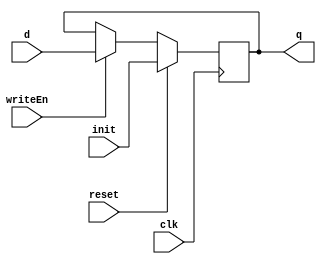

module D_ff_Mem(input clk, input reset, input init, input writeEn, input d, output reg q);
	always@(negedge clk)
		begin
			if(reset)			q=init;
			else
				if(writeEn==1)	q=d;
		end
endmodule

module Mem8bit(input clk, input reset, input [7:0] init, input writeEn, input [7:0] writeData, output [7:0] outR);
	D_ff_Mem D0(clk, reset, init[0], writeEn, writeData[0], outR[0]);
	D_ff_Mem D1(clk, reset, init[1], writeEn, writeData[1], outR[1]);
	D_ff_Mem D2(clk, reset, init[2], writeEn, writeData[2], outR[2]);
	D_ff_Mem D3(clk, reset, init[3], writeEn, writeData[3], outR[3]);
	D_ff_Mem D4(clk, reset, init[4], writeEn, writeData[4], outR[4]);
	D_ff_Mem D5(clk, reset, init[5], writeEn, writeData[5], outR[5]);
	D_ff_Mem D6(clk, reset, init[6], writeEn, writeData[6], outR[6]);
	D_ff_Mem D7(clk, reset, init[7], writeEn, writeData[7], outR[7]);
endmodule

module MemBlock(input clk, input reset, input [15:0] init0, init1, init2, init3, init4, init5, init6, init7, input MemWrite, input [7:0] decOut, input [15:0] writeData, output [7:0] outR0,outR1,outR2,outR3,outR4,outR5,outR6,outR7,outR8,outR9,outR10,outR11,outR12,outR13,outR14,outR15);
	Mem8bit m00(clk, reset, init0[7:0],  MemWrite&decOut[0], writeData[7:0],  outR0);
	Mem8bit m01(clk, reset, init0[15:8], MemWrite&decOut[0], writeData[15:8], outR1);
	Mem8bit m02(clk, reset, init1[7:0],  MemWrite&decOut[1], writeData[7:0],  outR2);
	Mem8bit m03(clk, reset, init1[15:8], MemWrite&decOut[1], writeData[15:8], outR3);	
	Mem8bit m04(clk, reset, init2[7:0],  MemWrite&decOut[2], writeData[7:0],  outR4);
	Mem8bit m05(clk, reset, init2[15:8], MemWrite&decOut[2], writeData[15:8], outR5);
	Mem8bit m06(clk, reset, init3[7:0],  MemWrite&decOut[3], writeData[7:0],  outR6);
	Mem8bit m07(clk, reset, init3[15:8], MemWrite&decOut[3], writeData[15:8], outR7);	
	Mem8bit m08(clk, reset, init4[7:0],  MemWrite&decOut[4], writeData[7:0],  outR8);
	Mem8bit m09(clk, reset, init4[15:8], MemWrite&decOut[4], writeData[15:8], outR9);
	Mem8bit m10(clk, reset, init5[7:0],  MemWrite&decOut[5], writeData[7:0],  outR10);
	Mem8bit m11(clk, reset, init5[15:8], MemWrite&decOut[5], writeData[15:8], outR11);	
	Mem8bit m12(clk, reset, init6[7:0],  MemWrite&decOut[6], writeData[7:0],  outR12);
	Mem8bit m13(clk, reset, init6[15:8], MemWrite&decOut[6], writeData[15:8], outR13);
	Mem8bit m14(clk, reset, init7[7:0],  MemWrite&decOut[7], writeData[7:0],  outR14);
	Mem8bit m15(clk, reset, init7[15:8], MemWrite&decOut[7], writeData[15:8], outR15);
endmodule

module MemDec3to8(input [2:0] MemDest, output reg [7:0] MemDecOut);	 
	 always@(MemDest)
	 	case(MemDest)
			3'b000: MemDecOut=8'b00000001;
			3'b001: MemDecOut=8'b00000010;
			3'b010: MemDecOut=8'b00000100;
			3'b011: MemDecOut=8'b00001000;
			3'b100: MemDecOut=8'b00010000;
			3'b101: MemDecOut=8'b00100000;
			3'b110: MemDecOut=8'b01000000;
			3'b111: MemDecOut=8'b10000000;
		endcase
endmodule
 
module MemMux8to1(input [7:0] outR0,outR1,outR2,outR3,outR4,outR5,outR6,outR7, input [2:0] Sel, output reg [7:0] outBus);	
	always@(outR0 or outR1 or outR2 or outR3 or outR4 or outR5 or outR6 or outR7 or Sel)
		case (Sel)
			3'b000: outBus=outR0;
			3'b001: outBus=outR1;
			3'b010: outBus=outR2;
			3'b011: outBus=outR3;
			3'b100: outBus=outR4;
			3'b101: outBus=outR5;
			3'b110: outBus=outR6;
			3'b111: outBus=outR7;
		endcase
endmodule 

module MemMux2to1(input [7:0] outBus, input [7:0] zero, input MemRead, output reg [7:0] MemOut);	
	always@(outBus or zero or MemRead)
		case (MemRead)
			1'b0: MemOut=outBus;
			1'b1: MemOut=zero;
		endcase	
endmodule

module Memory(input clk, input reset, input [15:0] init0, init1, init2, init3, init4, init5, init6, init7, input MemWrite, input MemRead, input [15:0] Addr, input [15:0] writeData, output [7:0] MemBus0, output [7:0] MemBus1);
	wire [7:0] MemDecOut, outBus0, outBus1;
	wire [7:0] outR0,outR1,outR2,outR3,outR4,outR5,outR6,outR7,outR8,outR9,outR10,outR11,outR12,outR13,outR14,outR15;
	
	MemDec3to8 MD0(Addr[3:1], MemDecOut);		
	MemBlock MB0(clk, reset, init0, init1, init2, init3, init4, init5, init6, init7, MemWrite, MemDecOut,writeData, outR0,outR1,outR2,outR3,outR4,outR5,outR6,outR7,outR8,outR9,outR10,outR11,outR12,outR13,outR14,outR15);	
	MemMux8to1 MM8_0(outR0,outR2,outR4,outR6,outR8,outR10,outR12,outR14,Addr[3:1], outBus0);
	MemMux8to1 MM8_1(outR1,outR3,outR5,outR7,outR9,outR11,outR13,outR15,Addr[3:1], outBus1);
	MemMux2to1 MM2_0(8'd0, outBus0, MemRead, MemBus0);
	MemMux2to1 MM2_1(8'd0, outBus1, MemRead, MemBus1);
endmodule

module D_ff_rF(input clk, input reset, input writeEn, input d, output reg q);
	always @ (reset)
		if(reset==1)	q=0;	
	always @ (posedge clk)
		if(writeEn==1)	q=d;	
endmodule

module Register16bit_rF(input clk, input reset, input writeEn, input [15:0] writeData, output  [15:0] outR);
	D_ff_rF d00(clk, reset, writeEn, writeData[0], outR[0]);
	D_ff_rF d01(clk, reset, writeEn, writeData[1], outR[1]);
	D_ff_rF d02(clk, reset, writeEn, writeData[2], outR[2]);
	D_ff_rF d03(clk, reset, writeEn, writeData[3], outR[3]);
	D_ff_rF d04(clk, reset, writeEn, writeData[4], outR[4]);
	D_ff_rF d05(clk, reset, writeEn, writeData[5], outR[5]);
	D_ff_rF d06(clk, reset, writeEn, writeData[6], outR[6]);
	D_ff_rF d07(clk, reset, writeEn, writeData[7], outR[7]);
	D_ff_rF d08(clk, reset, writeEn, writeData[8], outR[8]);
	D_ff_rF d09(clk, reset, writeEn, writeData[9], outR[9]);
	D_ff_rF d10(clk, reset, writeEn, writeData[10], outR[10]);
	D_ff_rF d11(clk, reset, writeEn, writeData[11], outR[11]);
	D_ff_rF d12(clk, reset, writeEn, writeData[12], outR[12]);
	D_ff_rF d13(clk, reset, writeEn, writeData[13], outR[13]);
	D_ff_rF d14(clk, reset, writeEn, writeData[14], outR[14]);
	D_ff_rF d15(clk, reset, writeEn, writeData[15], outR[15]);
endmodule

module RegisterSet(input clk, input reset, input regWrite, input [7:0] decOut, input [15:0] writeData,  output [15:0] outR0,outR1,outR2,outR3,outR4,outR5,outR6,outR7 );
	Register16bit_rF r0 (clk, reset, regWrite&decOut[0], writeData, outR0);
	Register16bit_rF r1 (clk, reset, regWrite&decOut[1], writeData, outR1);
	Register16bit_rF r2 (clk, reset, regWrite&decOut[2], writeData, outR2);
	Register16bit_rF r3 (clk, reset, regWrite&decOut[3], writeData, outR3);
	Register16bit_rF r4 (clk, reset, regWrite&decOut[4], writeData, outR4);
	Register16bit_rF r5 (clk, reset, regWrite&decOut[5], writeData, outR5);
	Register16bit_rF r6 (clk, reset, regWrite&decOut[6], writeData, outR6);
	Register16bit_rF r7 (clk, reset, regWrite&decOut[7], writeData, outR7);
endmodule

module Dec3to8(input [2:0] destReg, output reg [7:0] decOut);
	always@(destReg)
		case(destReg)
				3'b000: decOut=8'b00000001; 
				3'b001: decOut=8'b00000010;
				3'b010: decOut=8'b00000100;
				3'b011: decOut=8'b00001000;
				3'b100: decOut=8'b00010000;
				3'b101: decOut=8'b00100000;
				3'b110: decOut=8'b01000000;
				3'b111: decOut=8'b10000000;
		endcase	
endmodule

module Mux8to1(input [15:0] outR0,outR1,outR2,outR3,outR4,outR5,outR6,outR7, input [2:0] Sel, output reg [15:0] outBus );	
	always@(outR0 or outR1 or outR2 or outR3 or outR4 or outR5 or outR6 or outR7 or Sel)
		case (Sel)
			3'b000: outBus=outR0;
			3'b001: outBus=outR1;
			3'b010: outBus=outR2;
			3'b011: outBus=outR3;
			3'b100: outBus=outR4;
			3'b101: outBus=outR5;
			3'b110: outBus=outR6;
			3'b111: outBus=outR7;
		endcase	
endmodule

module RegisterFile(input clk, input reset, input regWrite, input [2:0] srcRegA, input [2:0] srcRegB,  input [2:0] destReg,  input [15:0] writeData, output [15:0] outBusA, output [15:0] outBusB );
	wire [7:0] decOut;
	wire [15:0] outR0,outR1,outR2,outR3,outR4,outR5,outR6,outR7;
	
	Dec3to8 d0 (destReg,decOut);
	RegisterSet rSet0( clk, reset, regWrite, decOut, writeData, outR0,outR1,outR2,outR3,outR4,outR5,outR6,outR7);
	Mux8to1 m1(outR0,outR1,outR2,outR3,outR4,outR5,outR6,outR7,srcRegA,outBusA);
	Mux8to1 m2(outR0,outR1,outR2,outR3,outR4,outR5,outR6,outR7,srcRegB,outBusB);
endmodule

module D_ff_pR(input clk, input reset, input writeEn, input d, output reg q);
	always @ (negedge clk)
		begin
			if(reset==1)		q=0;
			else
				if(writeEn==1)	q=d;	
		end
endmodule

module Register16bit(input clk, input reset, input writeEn, input [15:0] writeData, output  [15:0] outR);
	D_ff_pR d00(clk, reset, writeEn, writeData[0], outR[0]);
	D_ff_pR d01(clk, reset, writeEn, writeData[1], outR[1]);
	D_ff_pR d02(clk, reset, writeEn, writeData[2], outR[2]);
	D_ff_pR d03(clk, reset, writeEn, writeData[3], outR[3]);
	D_ff_pR d04(clk, reset, writeEn, writeData[4], outR[4]);
	D_ff_pR d05(clk, reset, writeEn, writeData[5], outR[5]);
	D_ff_pR d06(clk, reset, writeEn, writeData[6], outR[6]);
	D_ff_pR d07(clk, reset, writeEn, writeData[7], outR[7]);
	D_ff_pR d08(clk, reset, writeEn, writeData[8], outR[8]);
	D_ff_pR d09(clk, reset, writeEn, writeData[9], outR[9]);
	D_ff_pR d10(clk, reset, writeEn, writeData[10], outR[10]);
	D_ff_pR d11(clk, reset, writeEn, writeData[11], outR[11]);
	D_ff_pR d12(clk, reset, writeEn, writeData[12], outR[12]);
	D_ff_pR d13(clk, reset, writeEn, writeData[13], outR[13]);
	D_ff_pR d14(clk, reset, writeEn, writeData[14], outR[14]);
	D_ff_pR d15(clk, reset, writeEn, writeData[15], outR[15]);
endmodule

module Register3bit(input clk, input reset, input writeEn, input [2:0] writeData, output  [2:0] outR);
	D_ff_pR d00(clk, reset, writeEn, writeData[0], outR[0]);
	D_ff_pR d01(clk, reset, writeEn, writeData[1], outR[1]);
	D_ff_pR d02(clk, reset, writeEn, writeData[2], outR[2]);
endmodule

module Register1bit(input clk, input reset, input writeEn, input writeData, output  outR);
	D_ff_pR d00(clk, reset, writeEn, writeData, outR);
endmodule

module SignExt8to16(input [7:0] in, output  reg [15:0] SignExtOut);
	always@(in)	
		SignExtOut={{8{in[7]}},in[7:0]};
endmodule

module Mux2to1_16bits(input [15:0] in1, input [15:0] in2, input Sel,  output reg [15:0] MuxOut);	
	always@(in1 or in2 or Sel)
		case(Sel)
			0: MuxOut=in1;	
			1: MuxOut=in2;
		endcase
endmodule

module Mux2to1_3bits(input [2:0] in1, input [2:0] in2, input Sel,  output reg [2:0] MuxOut);	
	always@(in1 or in2 or Sel)
	 	case(Sel)
			0: MuxOut=in1;	
			1: MuxOut=in2;
		endcase
endmodule

module ALU(input [15:0] in1, input [15:0] in2, input ALUOp, output reg [15:0] ALUOut);
	always@(in1 or in2 or ALUOp)
		case(ALUOp)
			1'b0:	ALUOut=in1+in2;	
			1'b1:	ALUOut=in1-in2;
		endcase
endmodule

module IF_ID_PipelineRegister(input clk, input reset, input regWrite, input [15:0] instr, output [15:0] IR);
	Register16bit P1r0 (clk, reset, regWrite, instr, IR );	
endmodule

module ID_EX_PipelineRegister(input clk, input reset, input regWrite, input [15:0] BusA, input [15:0] BusB, input [15:0] SignExt8to16Imm, input [2:0] rt, input [2:0] rd, input [2:0] rs, input ALUSrcB, input ALUOp, input RegDst, input MemRead, input MemWrite, input MemToReg, input RegWrite, output [15:0] P2BusA, output [15:0] P2BusB, output [15:0] P2SignExt8to16Imm, output [2:0] P2rt, output [2:0] P2rd, output [2:0] P2rs, output P2ALUSrcB, output P2ALUOp, output P2RegDst, output P2MemRead, output P2MemWrite, output P2MemToReg, output P2RegWrite);
	Register16bit P2r0 (clk, reset, regWrite, BusA, P2BusA);	
	Register16bit P2r1 (clk, reset, regWrite, BusB, P2BusB);	
	Register16bit P2r2 (clk, reset, regWrite, SignExt8to16Imm, P2SignExt8to16Imm);	
	Register3bit P2r3  (clk, reset, regWrite, rt, P2rt);	
	Register3bit P2r4  (clk, reset, regWrite, rd, P2rd);	
	Register3bit P2r12 (clk, reset, regWrite, rs, P2rs);	
	Register1bit P2r5  (clk, reset, regWrite, ALUSrcB, P2ALUSrcB);	
	Register1bit P2r6  (clk, reset, regWrite, ALUOp, P2ALUOp);	
	Register1bit P2r7  (clk, reset, regWrite, RegDst, P2RegDst);	
	Register1bit P2r8  (clk, reset, regWrite, MemRead, P2MemRead);	
	Register1bit P2r9 (clk, reset, regWrite, MemWrite, P2MemWrite);	
	Register1bit P2r10 (clk, reset, regWrite, MemToReg, P2MemToReg);	
	Register1bit P2r11 (clk, reset, regWrite, RegWrite, P2RegWrite);		 
endmodule

module EX_MEM_PipelineRegister(input clk, input reset, input regWrite, input [15:0] ALUOut, input [15:0] BusB, input [2:0] DestReg, input MemRead, input MemWrite, input MemToReg, input RegWrite, output [15:0] P3ALUOut, output [15:0] P3BusB, output [2:0] P3DestReg, output P3MemRead, output P3MemWrite, output P3MemToReg, output P3RegWrite);	
	Register16bit P3r0 (clk, reset, regWrite, ALUOut, P3ALUOut);	
	Register16bit P3r1 (clk, reset, regWrite, BusB, P3BusB);	
	Register3bit P3r2  (clk, reset, regWrite, DestReg, P3DestReg);	
	Register1bit P3r3  (clk, reset, regWrite, MemRead, P3MemRead);	
	Register1bit P3r4  (clk, reset, regWrite, MemWrite, P3MemWrite);	
	Register1bit P3r5  (clk, reset, regWrite, MemToReg, P3MemToReg);	
	Register1bit P3r6  (clk, reset, regWrite, RegWrite, P3RegWrite);	
endmodule

module MEM_WB_PipelineRegister(input clk, input reset, input regWrite, input [15:0] ALUOut, input [15:0] DMOut, input [2:0] DestReg, input RegWrite, input MemToReg, output [15:0] P4ALUOut, output [15:0] P4DMOut, output [2:0] P4DestReg, output P4RegWrite, output P4MemToReg);
	Register16bit P4r0 (clk, reset, regWrite, ALUOut, P4ALUOut);
	Register16bit P4r1 (clk, reset, regWrite, DMOut, P4DMOut);
	Register3bit P4r2  (clk, reset, regWrite, DestReg, P4DestReg);	
	Register1bit P4r3  (clk, reset, regWrite, RegWrite, P4RegWrite);	
	Register1bit P4r4  (clk, reset, regWrite, MemToReg, P4MemToReg);	
endmodule
/*
module forwardUnit ( input P3_regwrite, P4_regwrite, input [2:0] P3_Rd, P2_Rs, P2_Rt, P4_Rd, output reg [1:0] forA, forB);
  always @ (P3_regwrite, P3_Rd, P2_Rs, P2_Rt, P4_Rd, P4_regwrite)
    begin 
      if((P3_regwrite == 1) && (P3_Rd == P2_Rs))
      begin 
        if(P3_Rd == P2_Rs)
        begin P3_Rd =     
      end
  
      if((P3_regwrite == 1) && (P3_Rd == P2_Rt))
      begin forB = 2'b01; end   
      
      if((P4_regwrite == 1) && (P4_Rd == P2_Rs))
      begin forA = 2'b10; end

  
      if((P4_regwrite == 1) && (P4_Rd == P2_Rt))
      begin forB = 2'b10; end
    end
endmodule
*/

module forwardUnit ( input P3_regwrite, P4_regwrite, input [2:0] P3_Rd, P2_Rs, P2_Rt, P4_Rd, output reg [1:0] forA, forB);
  always @ (P3_regwrite, P3_Rd, P2_Rs, P2_Rt, P4_Rd, P4_regwrite)
    begin 
     
      if((P3_regwrite == 1) && (P3_Rd == P2_Rs))
      begin forA = 2'b10; end
    else if(((P4_regwrite == 1) && (P4_Rd == P2_Rs)) )
      begin forA = 2'b01; end
  else
      begin forA = 2'b00; end
      
   if((P3_regwrite == 1) && (P3_Rd == P2_Rt))
      begin forB = 2'b10; end   
    else if(((P4_regwrite == 1) && (P4_Rd == P2_Rt)) )
      begin forB = 2'b01; end
      else
        begin forB = 2'b00; end
      
        
      
    end
endmodule



  module mux_2to1_7bit(input [6:0] CtrlSignal, OtherSignal, input sel, output reg [6:0] Out);
    always @ (CtrlSignal, OtherSignal, sel)
    begin
      case(sel)
        1'b0: Out = CtrlSignal;
        1'b1: Out = OtherSignal;
      endcase
    end
  endmodule



  module mux_4to1_16bit(input [15:0] Bus, EX_MEM, MEM_WB,in4, input [1:0] sel, output reg [15:0] Out);
    always @ (Bus, EX_MEM, MEM_WB, sel)
    begin
      case(sel)
        2'b00: Out = Bus;
        2'b10: Out = EX_MEM;
        2'b01: Out = MEM_WB;
        2'b11: Out = in4;
      endcase
    end
  endmodule



  module hazard( input P2_memrd, input [2:0] P2_Rt, P1_Rs, P1_Rt, output reg PCwrite, output reg P1_regwrite, output reg CtrlSig);
    always @ ( P2_memrd, P2_Rt, P1_Rs, P1_Rt)
    begin
      if((P2_memrd == 1)&&((P2_Rt == P1_Rs) || (P2_Rt == P1_Rt)))
      begin PCwrite = 1'b0; P1_regwrite = 1'b0; CtrlSig = 1'b1; end
      else
      begin PCwrite = 1'b1; P1_regwrite = 1'b1; CtrlSig = 1'b0; end
    end
  endmodule   

module CtrlCkt(input reset, input [15:0] IR, output reg ALUSrcB, output reg ALUOp, output reg RegDst, output reg MemRead, output reg MemWrite, output reg MemToReg, output reg RegWrite);
	always@(IR or reset)
	begin
		if(IR==16'd0||reset==1)
			begin	ALUSrcB=0;  ALUOp=0; RegDst=0; MemRead=0; MemWrite=0; MemToReg=0; RegWrite=0;	end
		else
			begin
				case(IR[15:14])
					2'b00:	begin	ALUSrcB=1;  ALUOp=0; RegDst=0; MemRead=1; MemWrite=0; MemToReg=1; RegWrite=1;	end
					2'b01:	begin	ALUSrcB=1;  ALUOp=0; RegDst=0; MemRead=0; MemWrite=1; MemToReg=0; RegWrite=0;	end
					2'b10:	begin	ALUSrcB=1;  ALUOp=0; RegDst=0; MemRead=0; MemWrite=0; MemToReg=0; RegWrite=1;	end
					2'b11:	begin
									ALUSrcB=0;  RegDst=1; MemRead=0; MemWrite=0; MemToReg=0; RegWrite=1;
									case(IR[0])
										1'b0:	ALUOp=0;	1'b1:	ALUOp=1;
									endcase
								end
				endcase
			end
	end
endmodule

module PCadder(input [15:0] in, output reg [15:0] out);
	always@(in)
		out=in+2;
endmodule

module TopModule(input clk, input reset, output [15:0] RegWriteData);
	
	wire [15:0] PC, PCplus2;
	wire [15:0] IR, P1_IR;
	
	wire ALUSrcB, ALUOp, RegDst, MemRead, MemWrite, MemToReg, RegWrite;
	wire [15:0] BusA, BusB, SignExtOut;
	wire [15:0] P2_BusA, P2_BusB, P2_SignExtOut;
	wire [2:0] P2_rt, P2_rd, P2_rs;
	wire P2_ALUSrcB, P2_ALUOp, P2_RegDst, P2_MemRead, P2_MemWrite, P2_MemToReg, P2_RegWrite;

	wire [15:0] ALUIn2, ALUOut;
	wire [2:0] DestReg;
	wire [15:0] P3_ALUOut, P3_BusB;
	wire [2:0] P3_DestReg;
	wire P3_MemRead, P3_MemWrite, P3_MemToReg, P3_RegWrite;
				
	wire [15:0] DMOut, P4_ALUOut, P4_DMOut;
	wire [2:0] P4_DestReg;
	wire P4_RegWrite, P4_MemToReg;
	wire PCwrite;
	wire IF_IDregwrite;
	wire CtrlSig;
	wire [6:0] Ctrloutput;
	wire [1:0] forA, forB;
	wire [15:0] forAOut, forBOut;
	
	Register16bit PC0 (clk, reset, PCwrite, PCplus2, PC);
	//Register16bit PC0 (clk, reset, 1'b1, PCplus2, PC);	
	PCadder PCA0 (PC, PCplus2);	
	/*
	IM Instantiation for Lab05
	*/
	Memory IM0(clk, reset, 16'h0102,16'hC940,16'hA306,16'hDA81,16'h6C0E,16'hD980,16'h2E00,16'hB5FE, 1'b0, 1'b1, PC, 16'd0, IR[7:0], IR[15:8]);	
	
	/* IM Instantiation for Lab04 */
	//Memory IM0(clk, reset, 16'h0A00F,16'h310E,16'h9207,16'hE5C1,16'h600C,16'hE480,16'hC160,16'h0000, 1'b0, 1'b1, PC, 16'd0, IR[7:0], IR[15:8]);
	IF_ID_PipelineRegister P1(clk, reset, IF_IDregwrite, IR, P1_IR);
	//IF_ID_PipelineRegister P1(clk, reset, 1'b1, IR, P1_IR);
  
  hazard HZ(P2_MemRead, P2_rt, P1_IR[13:11], P1_IR[10:8], PCwrite, IF_IDregwrite, CtrlSig);

	CtrlCkt CC0(reset, P1_IR, ALUSrcB, ALUOp, RegDst, MemRead, MemWrite, MemToReg, RegWrite);
	mux_2to1_7bit MCtrl({ALUSrcB, ALUOp, RegDst, MemRead, MemWrite, MemToReg, RegWrite}, 7'b0000000, CtrlSig, Ctrloutput);
	RegisterFile rF(clk, reset, P4_RegWrite, P1_IR[13:11], P1_IR[10:8], P4_DestReg, RegWriteData, BusA, BusB);
	SignExt8to16 SE(P1_IR[7:0], SignExtOut);
	//ID_EX_PipelineRegister P2(clk, reset, 1'b1, BusA, BusB, SignExtOut, P1_IR[10:8], P1_IR[7:5], ALUSrcB, ALUOp, RegDst, MemRead, MemWrite, MemToReg, RegWrite, P2_BusA, P2_BusB, P2_SignExtOut, P2_rt, P2_rd, P2_ALUSrcB, P2_ALUOp, P2_RegDst, P2_MemRead, P2_MemWrite, P2_MemToReg, P2_RegWrite);
	ID_EX_PipelineRegister P2(clk, reset, 1'b1, BusA, BusB, SignExtOut, P1_IR[10:8], P1_IR[7:5], P1_IR[13:11], Ctrloutput[6], Ctrloutput[5], Ctrloutput[4], Ctrloutput[3], Ctrloutput[2], Ctrloutput[1], Ctrloutput[0], P2_BusA, P2_BusB, P2_SignExtOut, P2_rt, P2_rd, P2_rs, P2_ALUSrcB, P2_ALUOp, P2_RegDst, P2_MemRead, P2_MemWrite, P2_MemToReg, P2_RegWrite);
		
	forwardUnit FU( P3_RegWrite, P4_RegWrite, P3_DestReg, P2_rs, P2_rt, P4_DestReg, forA, forB);	
	mux_4to1_16bit MforA(P2_BusA, P3_ALUOut, RegWriteData,16'd0, forA, forAOut);
	mux_4to1_16bit MforB(P2_BusB, P3_ALUOut, RegWriteData,16'd0, forB, forBOut);
	Mux2to1_16bits m21_16_0(forBOut, P2_SignExtOut, P2_ALUSrcB, ALUIn2);		
	Mux2to1_3bits m21_3_0(P2_rt, P2_rd, P2_RegDst, DestReg);	
	ALU alu(forAOut, ALUIn2, P2_ALUOp, ALUOut);
	EX_MEM_PipelineRegister P3(clk, reset, 1'b1, ALUOut, forBOut, DestReg, P2_MemRead, P2_MemWrite, P2_MemToReg, P2_RegWrite, P3_ALUOut, P3_BusB, P3_DestReg, P3_MemRead, P3_MemWrite,P3_MemToReg,P3_RegWrite);	

	/*
	DM Instantiation for Lab05
	*/
	Memory DM(clk, reset, 16'h000C,16'h0002,16'h0003,16'h0004,16'h0005,16'h0006,16'h0007,16'h0008, P3_MemWrite, P3_MemRead, P3_ALUOut, P3_BusB, DMOut[7:0], DMOut[15:8]);
	
	/* DM Instantiation for Lab04 */
	//Memory DM(clk, reset, 16'h0001,16'h0002,16'h0003,16'h0004,16'h0005,16'h0006,16'h0007,16'h0008, P3_MemWrite, P3_MemRead, P3_ALUOut, P3_BusB, DMOut[7:0], DMOut[15:8]);
	MEM_WB_PipelineRegister P4(clk, reset, 1'b1, P3_ALUOut, DMOut, P3_DestReg, P3_RegWrite, P3_MemToReg, P4_ALUOut, P4_DMOut, P4_DestReg, P4_RegWrite, P4_MemToReg);
	Mux2to1_16bits m16_1(P4_ALUOut, P4_DMOut, P4_MemToReg, RegWriteData);
	
endmodule	

module testBenchHazard;
reg clk, reset;
wire [15:0] RegWriteData;
TopModule uut (.clk(clk), .reset(reset), .RegWriteData(RegWriteData));
always
#5 clk=~clk;
initial begin
clk = 0; reset = 1; 
#10 reset=0;
#130 $finish;
end
endmodule